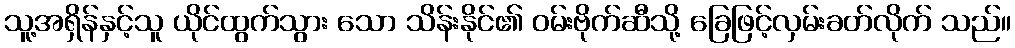
သူ့အရှိန်နှင့်သူ ယိုင်ထွက်သွား သော သိန်းနိုင်၏ ဝမ်းဗိုက်ဆီသို့ ခြေဖြင့်လှမ်းခတ်လိုက် သည်။